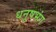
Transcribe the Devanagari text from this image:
धनुषभंग